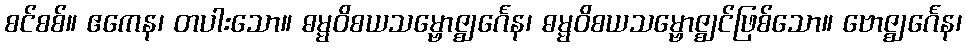
စင်စစ်။ ဧကေန၊ တပါးသော။ ဓမ္မဝိစယသမ္ဗောဇ္ဈင်္ဂေန၊ ဓမ္မဝိစယသမ္ဗောဇ္ဈင်ဖြစ်သော။ ဗောဇ္ဈင်္ဂေန၊